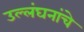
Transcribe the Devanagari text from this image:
उल्लंघनांचे